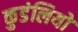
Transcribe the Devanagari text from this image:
कुडंलियों